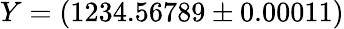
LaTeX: Y=(1234.56789\pm 0.00011)